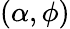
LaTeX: (\alpha,\phi)